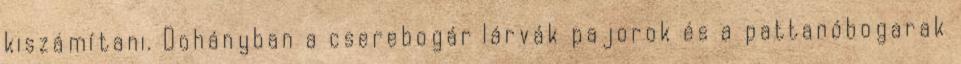
kiszámítani. Dohányban a cserebogár lárvák pajorok és a pattanóbogarak